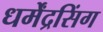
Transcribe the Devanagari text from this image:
धर्मेंद्रसिंग